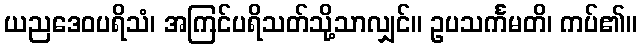
ယညဒေဝပရိသံ၊ အကြင်ပရိသတ်သို့သာလျှင်။ ဥပသင်္ကမတိ၊ ကပ်၏။